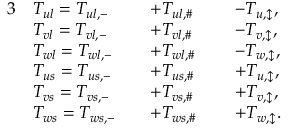
\begin{array} { r l r l r l } { { 3 } } & { T _ { u l } = T _ { u l , - } } & & { + T _ { u l , \# } } & & { \: - T _ { u , \updownarrow } , } \\ & { T _ { v l } = T _ { v l , - } } & & { + T _ { v l , \# } } & & { \: - T _ { v , \updownarrow } , } \\ & { T _ { w l } = T _ { w l , - } } & & { + T _ { w l , \# } } & & { \: - T _ { w , \updownarrow } , } \\ & { T _ { u s } = T _ { u s , - } } & & { + T _ { u s , \# } } & & { \: + T _ { u , \updownarrow } , } \\ & { T _ { v s } = T _ { v s , - } } & & { + T _ { v s , \# } } & & { \: + T _ { v , \updownarrow } , } \\ & { T _ { w s } = T _ { w s , - } } & & { + T _ { w s , \# } } & & { \: + T _ { w , \updownarrow } . } \end{array}